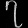
Digit: ၇